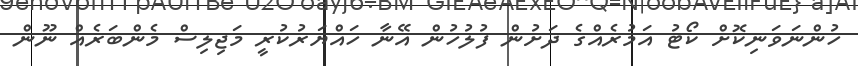
ހުންނަވަނިކޮށް ކޯޓު އަމުރެއްގެ ދަށުން ފުލުހުން އޭނާ ހައްޔަރުކުރީ މަޖިލިސް މެންބަރެއް ނޫން